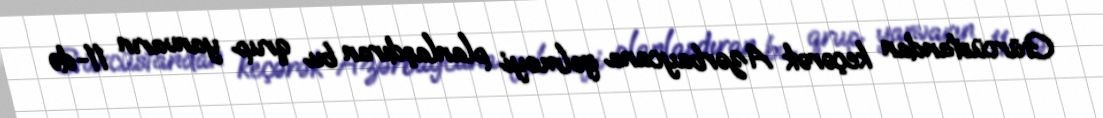
Gürcüstandan keçərək Azərbaycana gəlməyi planlaşdıran bu qrup yanvarın 11-də